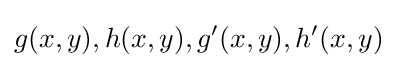
g(x,y),h(x,y),g^{\prime }(x,y),h^{\prime }(x,y)